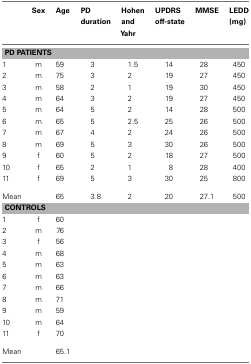
|  | Sex | Age | PD duration | Hohen and Yahr | UPDRS off-state | MMSE | LEDD (mg) |
 | --- | --- | --- | --- | --- | --- | --- | --- |
 | <COLSPAN=8> PD PATIENTS |
 | 1 | m | 59 | 3 | 1.5 | 14 | 28 | 450 |
 | 2 | m | 75 | 3 | 2 | 19 | 27 | 450 |
 | 3 | m | 58 | 2 | 1 | 19 | 30 | 450 |
 | 4 | m | 64 | 3 | 2 | 19 | 27 | 450 |
 | 5 | m | 64 | 5 | 2 | 14 | 28 | 500 |
 | 6 | m | 65 | 5 | 2.5 | 25 | 26 | 500 |
 | 7 | m | 67 | 4 | 2 | 24 | 26 | 500 |
 | 8 | m | 69 | 5 | 3 | 30 | 26 | 500 |
 | 9 | f | 60 | 5 | 2 | 18 | 27 | 500 |
 | 10 | f | 65 | 2 | 1 | 8 | 28 | 400 |
 | 11 | f | 69 | 5 | 3 | 30 | 25 | 800 |
 | Mean |  | 65 | 3.8 | 2 | 20 | 27.1 | 500 |
 | <COLSPAN=8> CONTROLS |
 | 1 | f | 60 |  |  |  |  |  |
 | 2 | m | 76 |  |  |  |  |  |
 | 3 | f | 56 |  |  |  |  |  |
 | 4 | m | 68 |  |  |  |  |  |
 | 5 | m | 63 |  |  |  |  |  |
 | 6 | m | 63 |  |  |  |  |  |
 | 7 | m | 66 |  |  |  |  |  |
 | 8 | m | 71 |  |  |  |  |  |
 | 9 | m | 59 |  |  |  |  |  |
 | 10 | m | 64 |  |  |  |  |  |
 | 11 | f | 70 |  |  |  |  |  |
 | Mean |  | 65.1 |  |  |  |  |  |